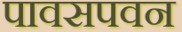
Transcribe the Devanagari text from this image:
पावसपवन